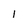
Character: 1